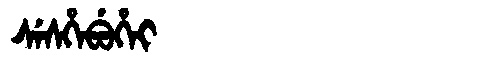
Manchu: ᠰᡝᠰᡥᡝᠪᡠᡥᡝᡳ
Romanization: SESHEBUHEI